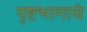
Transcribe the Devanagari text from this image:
पृष्टभागाचे